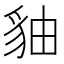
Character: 𧲹